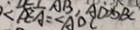
\angle P E A = \angle A D C